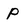
Character: p